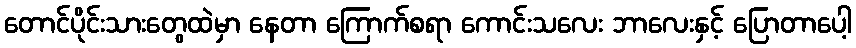
တောင်ပိုင်းသားတွေထဲမှာ နေတာ ကြောက်စရာ ကောင်းသလေး ဘာလေးနှင့် ပြောတာပေါ့